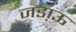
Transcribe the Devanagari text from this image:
जडा़ऊ